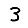
Digit: 3